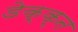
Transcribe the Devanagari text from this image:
डेक्क्न